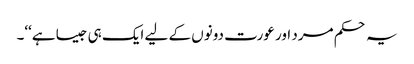
یہ حکم مرد اور عورت دونوں کے لیے ایک ہی جیسا ہے‘‘۔